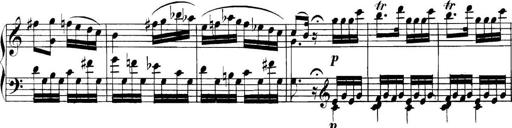
Title: Collected Piano Sonatas
Composer: Muzio Clementi